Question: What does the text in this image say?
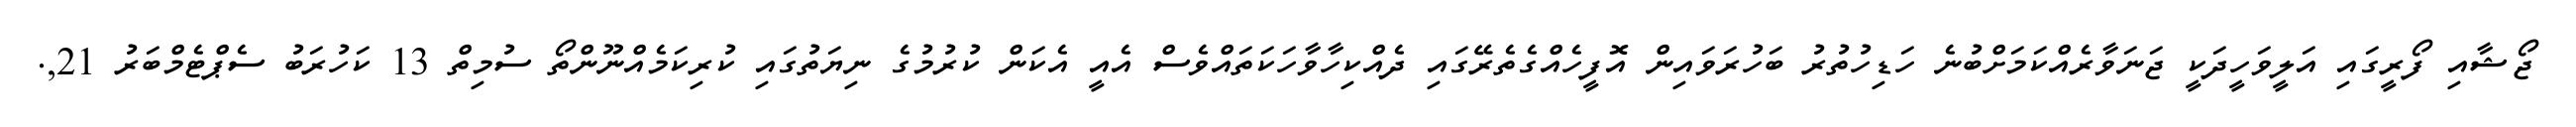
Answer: ޖޯޝާއި ފޯރީގައި އަލީވަހީދަކީ ޖަނަވާރެއްކަމަށްބުނެ ހަޑިހުތުރު ބަހުރަވައިން އޮފީހެއްގެތެރޭގައި ދެއްކިހާވާހަކަތައްވެސް އެއީ އެކަން ކުރުމުގެ ނިޔަތުގައި ކުރިކަމެއްނޫންތޯ ސުމިތް 13 ކަހުރަބު ސެޕްޓެމްބަރު 21,.